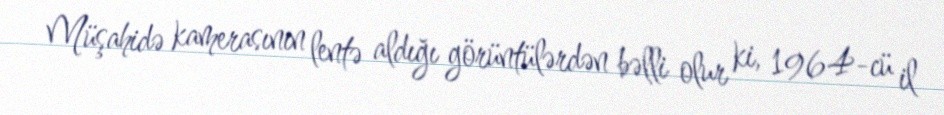
Müşahidə kamerasının lentə aldığı görüntülərdən bəlli olur ki, 1964-cü il